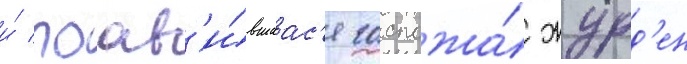
и́ поав'и́вшаас'я госпожа́ журд'ен